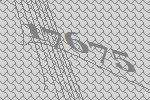
17675